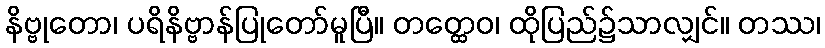
နိဗ္ဗုတော၊ ပရိနိဗ္ဗာန်ပြုတော်မူပြီ။ တတ္ထေဝ၊ ထိုပြည်၌သာလျှင်။ တဿ၊